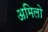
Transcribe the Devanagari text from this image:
अमिलो